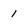
Character: 1